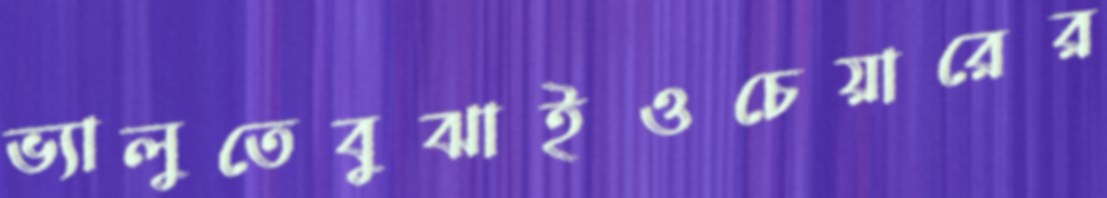
ভ্যালুতেবুঝাইওচেয়ারের